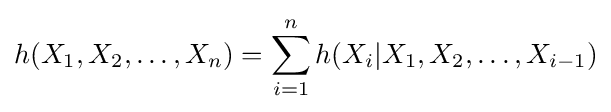
h(X_{1},X_{2},\ldots ,X_{n})=\sum _{i=1}^{n}h(X_{i}|X_{1},X_{2},\ldots ,X_{i-1})